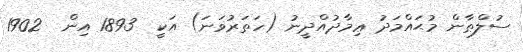
ސުލްޠާން މުޙައްމަދު ޢިމާދުއްދީނު (ހަތަރުވަނަ) އަކީ  1893 އިން  1902